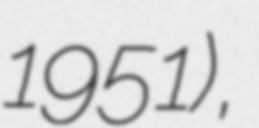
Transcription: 1951),